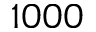
1 0 0 0